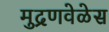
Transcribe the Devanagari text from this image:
मुद्रणवेळेस